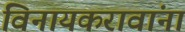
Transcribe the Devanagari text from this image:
विनायकरावांना